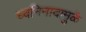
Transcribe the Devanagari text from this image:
ध्वनिनादामुळे